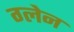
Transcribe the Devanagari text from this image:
ग्‍लेन